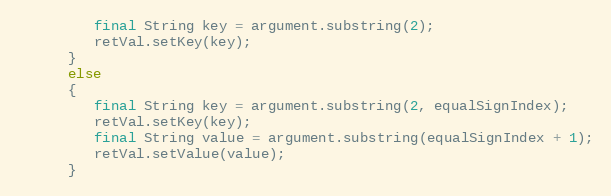
Language: Java
         final String key = argument.substring(2);
         retVal.setKey(key);
      }
      else
      {
         final String key = argument.substring(2, equalSignIndex);
         retVal.setKey(key);
         final String value = argument.substring(equalSignIndex + 1);
         retVal.setValue(value);
      }